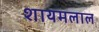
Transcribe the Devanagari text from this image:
शायमलाल